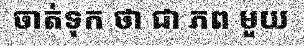
ចាត់ទុក ថា ជា ភព មួយ